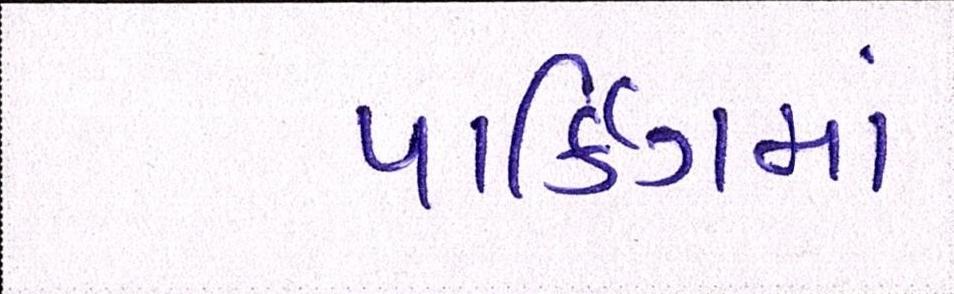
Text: પાર્કિંગમાં